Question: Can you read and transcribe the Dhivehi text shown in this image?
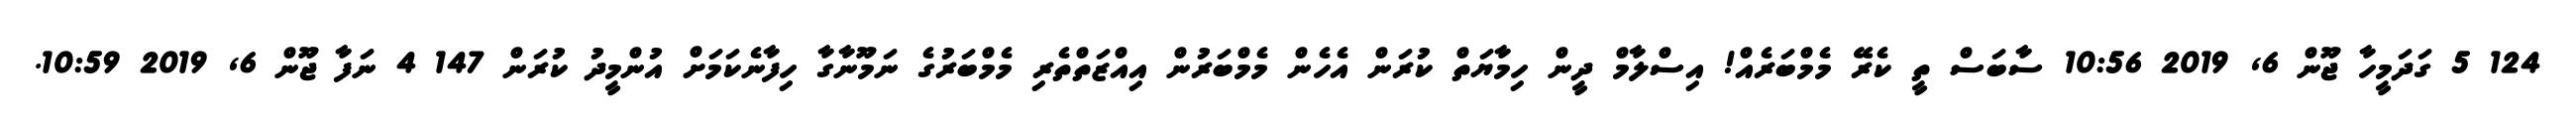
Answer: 124 5 ގަދަމީހާ ޖޫން 6, 2019 10:56 ސާބަސް ތީ ކެރޭ މެމްބަރެއް! އިސްލާމް ދީން ހިމާޔަތް ކުރަން އެހެން މެމްބަރުން އިއްޒަތްތެރި މެމްބަރުގެ ނަމޫނާގާ ހިފާނެކަމަށް އުންމީދު ކުރަން 147 4 ނަފާ ޖޫން 6, 2019 10:59.